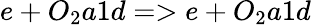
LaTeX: e+O_{2}a1d=>e+O_{2}a1d